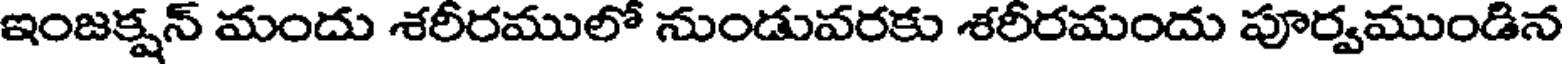
ఇంజక్షన్ మందు శరీరములో నుండువరకు శరీరమందు పూర్వముండిన